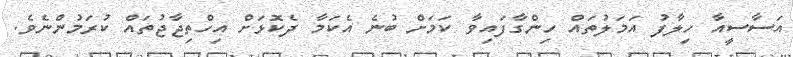
އަސާސީއާ ހިލާފު އަމަލުތައް ހިންގާފައިވާ ކަމަށް ބުނެ އެކަމާ ދެކޮޅަށް އިހްތިޖާޖުތައް ކުރަމުންނެވެ.